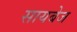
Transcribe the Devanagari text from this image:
सायबेज